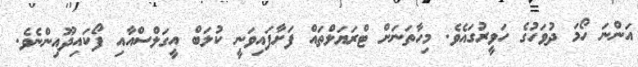
އަންނަ ހޯމަ ދުވަހުގެ ހަވީރުގައެވެ. މިހާތަނަށް ޓްރަޔަލްތައް ފަށާފައިވަނީ ކުލަބް އީގަލްސްއާއި ފޯކައިދޫއިންނެވެ.